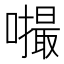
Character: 𪢚